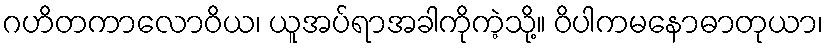
ဂဟိတကာလောဝိယ၊ ယူအပ်ရာအခါကိုကဲ့သို့။ ဝိပါကမနောဓာတုယာ၊